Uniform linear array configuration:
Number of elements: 12
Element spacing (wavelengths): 1
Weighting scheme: binomial
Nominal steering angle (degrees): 30
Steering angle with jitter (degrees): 31.546
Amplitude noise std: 0.05
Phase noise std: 0.05

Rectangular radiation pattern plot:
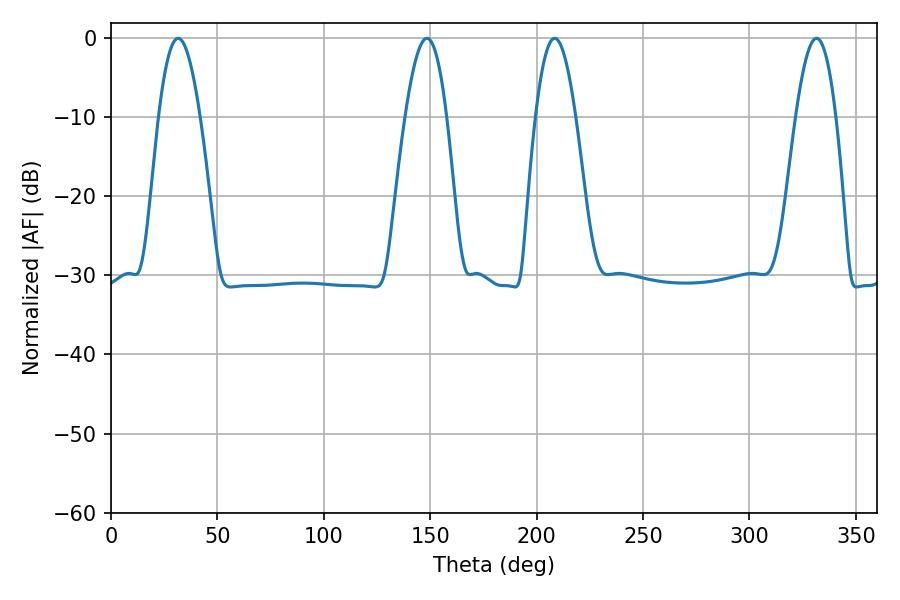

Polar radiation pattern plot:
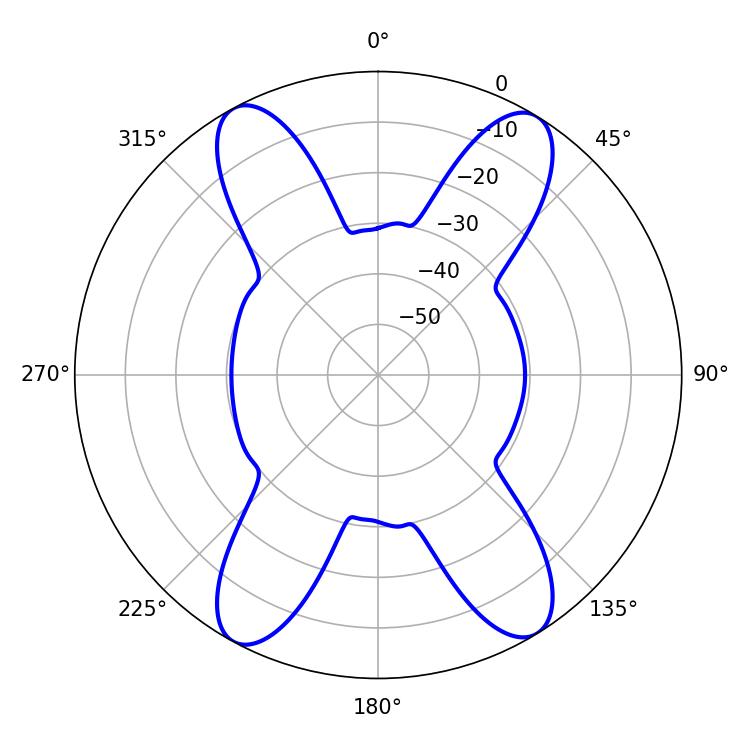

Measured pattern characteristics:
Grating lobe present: TRUE
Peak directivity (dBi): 19.085
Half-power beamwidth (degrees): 10.26
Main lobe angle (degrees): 331.56